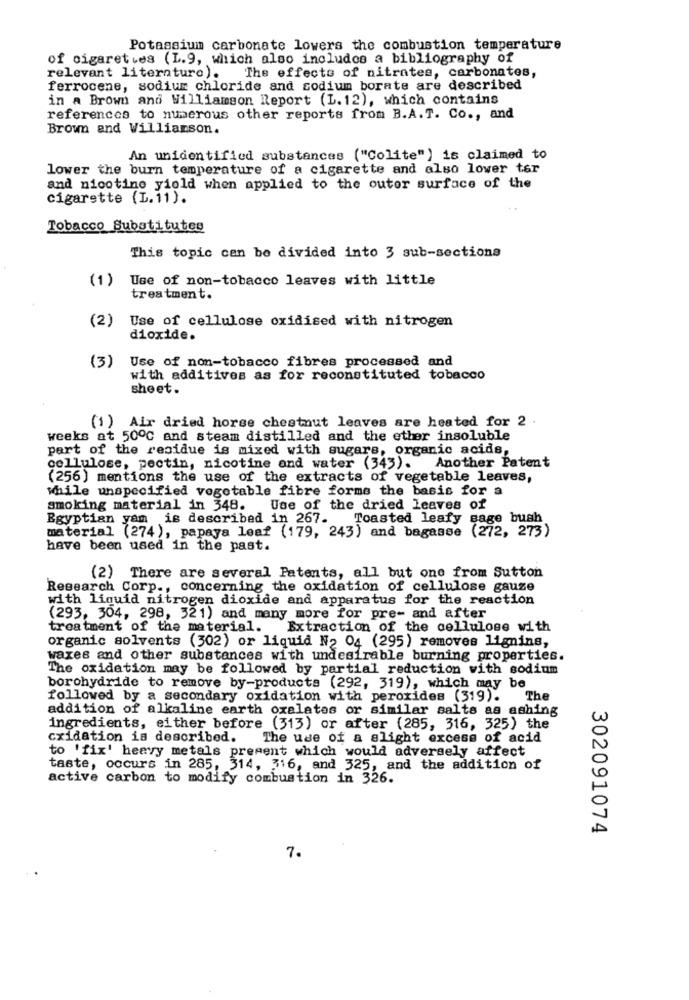
Potassium carbonate lowers the combustion temperature
of cigarettes (L.9, which also includes a bibliography of
relevant literature). The effects of nitrates, carbonates,
ferrocene, sodium chloride and sodium borate are described
in a Brown and Williamson Report (L. 12), which contains
references to numerous other reports from B.A.T. Co ., and
Brown and Williamson.
An unidentified substances ("Colite") is claimed to
lower the burn temperature of a cigarette and also lower ter
and nicotine yiold when applied to the outer surface of the
cigarette (L.11).
Tobacco Substitutes
This topic can be divided into 3 sub-sections
(1)
Use of non-tobacco leaves with little
treatment.
(2)
Use of cellulose oxidised with nitrogen
dioxide.
Use of non-tobacco fibres processed and
(3)
with additives as for reconstituted tobacco
sheet.
(1) Air dried horse chestnut leaves are heated for 2
weeks at 500℃ and steam distilled and the ether insoluble
part of the residue is mixed with sugars, organic acids,
cellulose, pectin, nicotine and water (343).
Another Patent
(256) mentions the use of the extracts of vegetable leaves,
while unspecified vegetable fibre forms the basis for a
smoking material in 348.
Use of the dried Leaves of
Egyptian yam is described in 267.
Toasted leafy sage bush
material (274), papaya leaf (179, 243) and bagasse (272, 273)
have been used in the past.
(2) There are several Patents, all but one from Sutton
Research Corp ., concerning the oxidation of cellulose gauze
with liquid nitrogen dioxide and apparatus for the reaction
(293, 304, 298, 321) and many more for pre- and after
treatment of the material.
Extraction of the cellulose with
organic solvents (302) or liquid N2 04 (295) removes lignins,
waxes and other substances with undesirable burning properties.
The oxidation may be followed by partial reduction with sodium
borohydride to remove by-products (292, 319), which may be
followed by a secondary oxidation with perorides (319).
The
addition of alkaline earth oxalates or similar salts as ashing
ingredients, either before (313) or after (285, 316, 325) the
cxidation is described. The use of a slight excess of acid
to 'fix' heavy metals present which would adversely affect
taste, occurs in 285, 314, 316, and 325, and the addition of
active carbon to modify combustion in 326.
302091074
7.